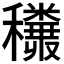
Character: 𥤅